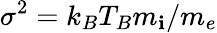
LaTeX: \sigma^{2}=k_{B}T_{B}m_{\mathbf{i}}/m_{e}